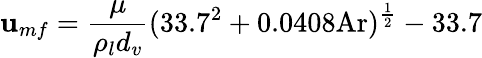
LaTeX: \mathbf{u}_{mf}={\frac{{\mu}}{{\rho_{l}d_{v}}}}(33.7^{2}+0.0408{\mathrm{{Ar}}})^{\frac{{1}}{{2}}}-33.7